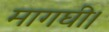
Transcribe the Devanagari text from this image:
मागघी।